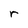
Character: r